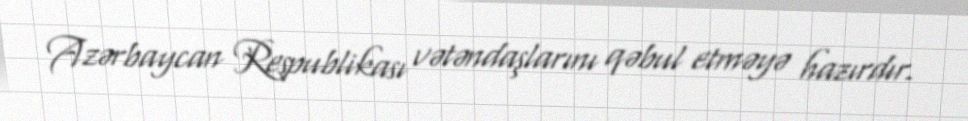
Azərbaycan Respublikası vətəndaşlarını qəbul etməyə hazırdır.